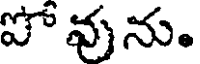
పో వును.